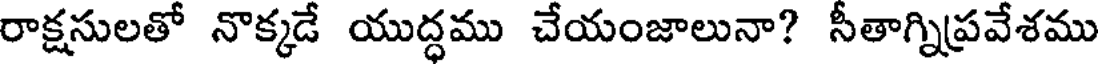
రాక్షసులతో నొక్కడే యుద్ధము చేయంజాలునా? సీతాగ్నిప్రవేశము